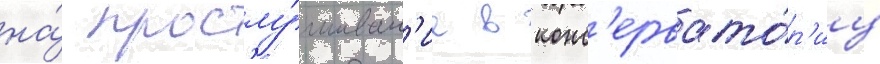
на́ прослу́шиван'ие в конс'ервато́р'иу